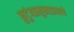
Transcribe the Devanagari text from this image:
कुटुंबप्रमुखाप्रमाणे